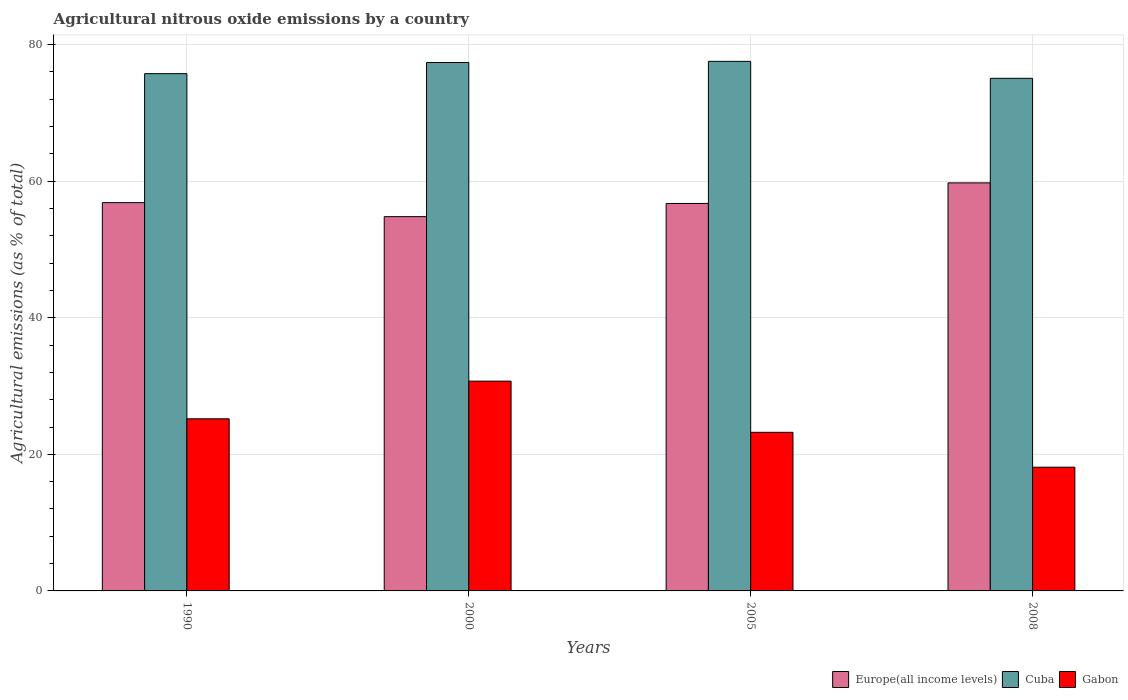
| Years | Europe(all income levels) | Cuba | Gabon |
 | --- | --- | --- | --- |
 | 1990 | 56.9 | 75.7 | 25.2 |
 | 2000 | 54.8 | 77.4 | 30.7 |
 | 2005 | 56.7 | 77.5 | 23.2 |
 | 2008 | 59.7 | 75.1 | 18.1 |